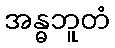
အန္ဓဘူတံ